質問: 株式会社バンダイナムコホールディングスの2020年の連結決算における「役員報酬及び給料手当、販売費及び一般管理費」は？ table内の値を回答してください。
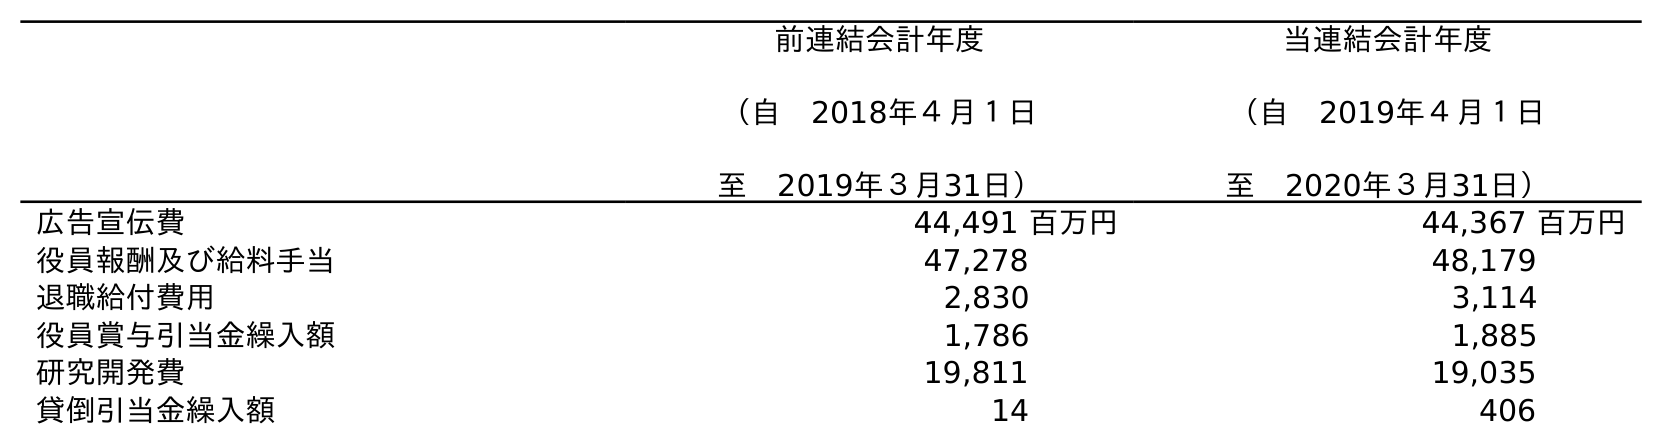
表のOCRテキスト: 前連結会計年度 （自 2018年４月１日 至 2019年３月31日） 当連結会計年度 （自 2019年４月１日 至 2020年３月31日） 広告宣伝費 44,491 百万円 44,367 百万円 役員報酬及び給料手当 47,278 48,179 退職給付費用 2,830 3,114 役員賞与引当金繰入額 1,786 1,885 研究開発費 19,811 19,035 貸倒引当金繰入額 14 406
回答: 48,179